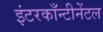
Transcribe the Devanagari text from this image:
इंटरकाँन्टीनेंटल